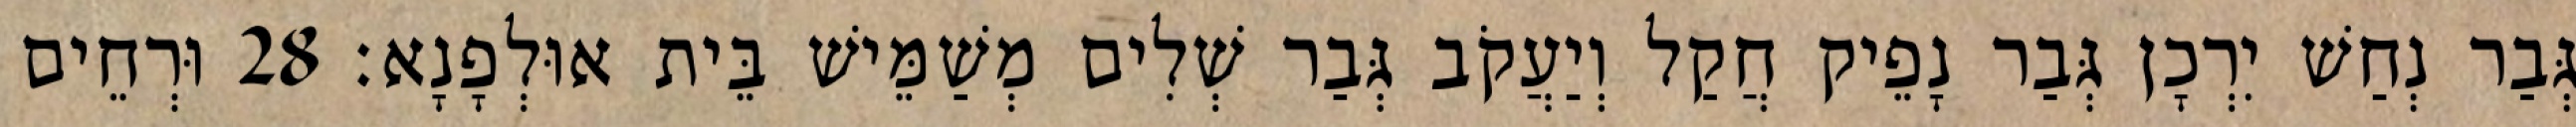
גְּבַר נְחַשׁ יִרְכָן גְּבַר נָפֵיק חֲקַל וְיַעֲקֹב גְּבַר שְׁלִים מְשַׁמֵּישׁ בֵּית אוּלְפָנָא׃ 28 וּרְחֵים